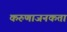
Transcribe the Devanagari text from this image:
करुणाजनकता